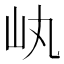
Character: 𡴿